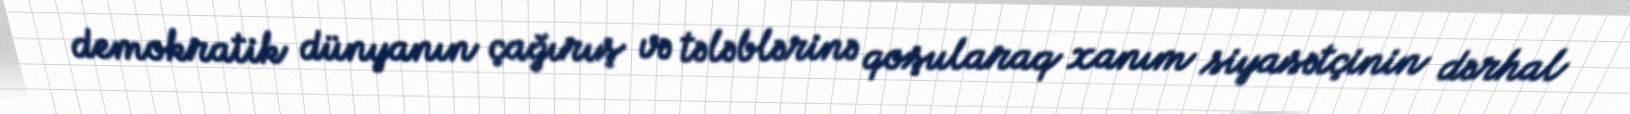
demokratik dünyanın çağırış və tələblərinə qoşularaq xanım siyasətçinin dərhal